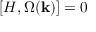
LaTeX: [ H , \Omega ( { \bf k } ) ] = 0